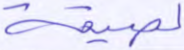
لصيقة